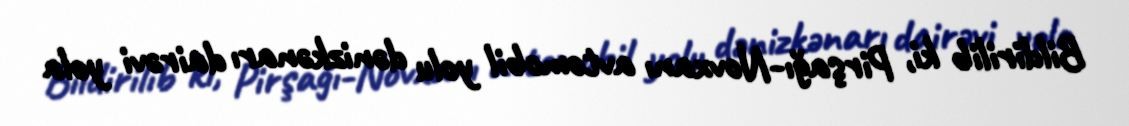
Bildirilib ki, Pirşağı-Novxanı avtomobil yolu dənizkənarı dairəvi yola